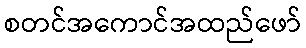
စတင်အကောင်အထည်ဖော်